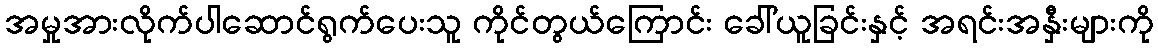
အမှုအားလိုက်ပါဆောင်ရွက်ပေးသူ ကိုင်တွယ်ကြောင်း ခေါ်ယူခြင်းနှင့် အရင်းအနှီးများကို